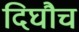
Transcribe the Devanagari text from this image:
दिघौच